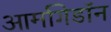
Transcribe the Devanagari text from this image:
आर्मागेडॉन